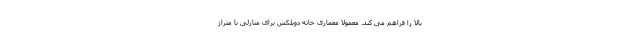
بالا را فراهم می کند. معمولا معماری خانه دوبلکس برای منازلی با متراژ